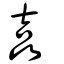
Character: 嚞